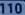
miento10